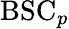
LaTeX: {\mathrm{BSC}}_{p}